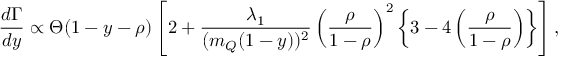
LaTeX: \frac { d \Gamma } { d y } \propto \Theta ( 1 - y - \rho ) \left[ 2 + \frac { \lambda _ { 1 } } { ( m _ { Q } ( 1 - y ) ) ^ { 2 } } \left( \frac { \rho } { 1 - \rho } \right) ^ { 2 } \left\{ 3 - 4 \left( \frac { \rho } { 1 - \rho } \right) \right\} \right] ,